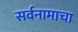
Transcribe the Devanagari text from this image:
सर्वनामाचा